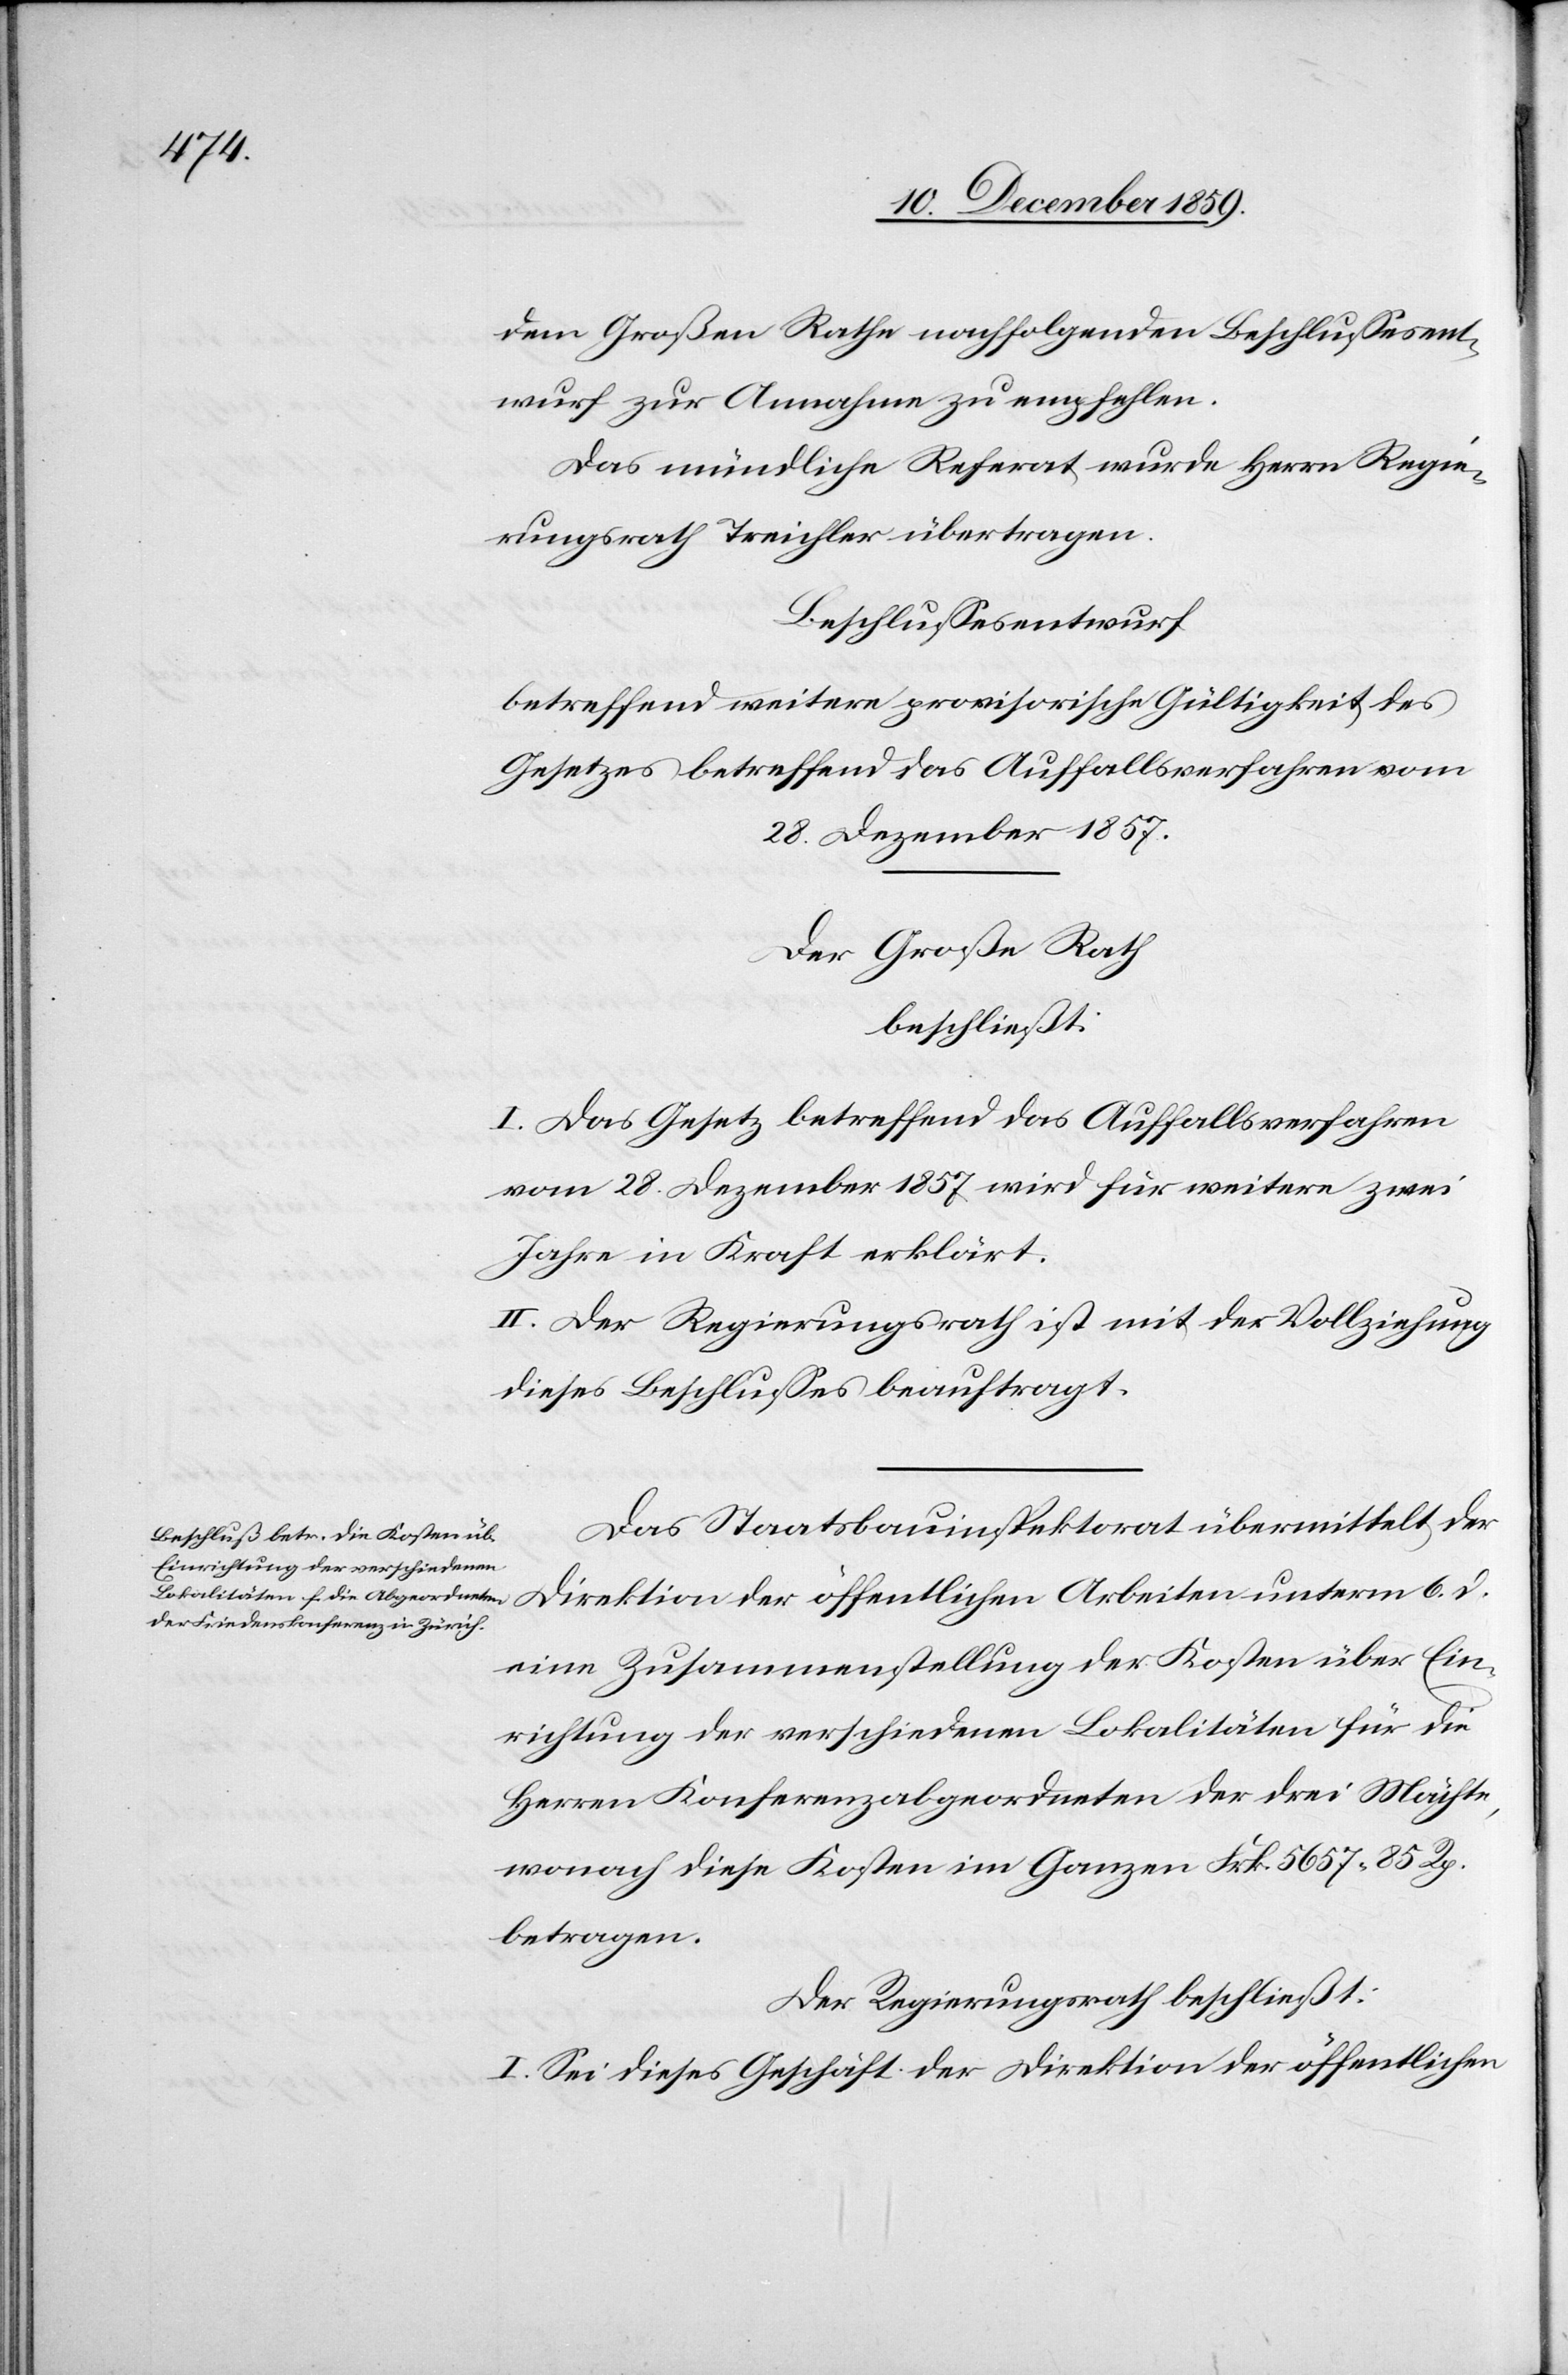
dem Großen Rathe nachfolgenden Beschlussesent¬
wurf zur Annahme zu empfehlen.
Das mündliche Referat wurde Herr Regie¬
rungsrath Treichler übertragen.
Beschlussesentwurf
betreffend weitere provisorische Gültigkeit des
Gesetzes betreffend das Auffallsverfahren vom
28. Dezember 1857.
Der Große Rath
beschließt:
I. Das Gesetz betreffend das Auffallsverfahren
vom 28. Dezember 1857 wird für weitere zwei
Jahre in Kraft erklärt.
II. Der Regierungsrath ist mit der Vollziehung
dieses Beschlusses beauftragt.
Das Staatsbauinspektorat übermittelt der
eine Zusammenstellung der Kosten über Ein¬
richtung der verschiedenen Lokalitäten für die
Herren Konferenzabgeordneten der drei Mächte,
wonach diese Kosten im Ganzen Frk. 5657 85 Rp.
betragen.
Der Regierungsrath beschließt:
I. Sei dieses Geschäft der Direktion der öffentlichen